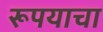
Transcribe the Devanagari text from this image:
रूपयाचा